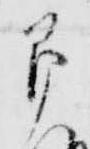
即